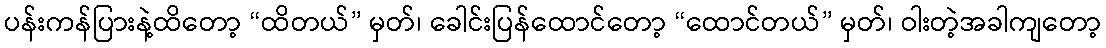
ပန်းကန်ပြားနဲ့ထိတော့ “ထိတယ်” မှတ်၊ ခေါင်းပြန်ထောင်တော့ “ထောင်တယ်” မှတ်၊ ဝါးတဲ့အခါကျတော့